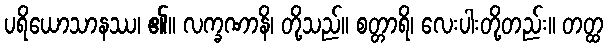
ပရိယောသာနဿ၊ ၏။ လက္ခဏာနိ၊ တို့သည်။ စတ္တာရိ၊ လေးပါးတို့တည်း။ တတ္ထ